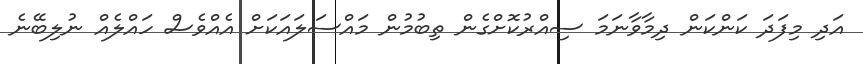
އަދި މިފަދަ ކަންކަން ދިމާވާނަމަ ސިއްރުކޮށްގެން ތިބުމުން މައްސަލައަކަށް އެއްވެސް ހައްލެއް ނުލިބޭނެ